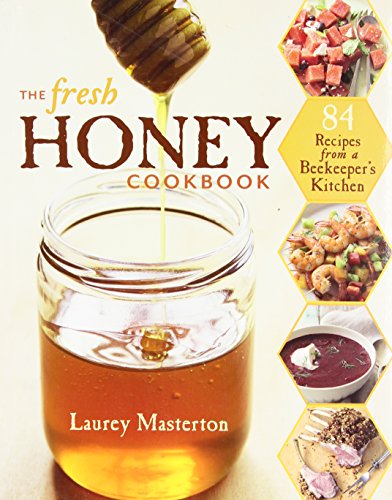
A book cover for The Fresh Honey Cookbook: 84 Recipes from a Beekeeper's Kitchen; Laurey Masterton; Cookbooks, Food & Wine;